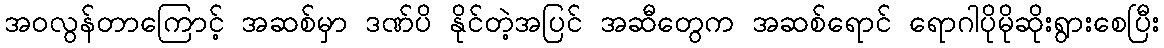
အဝလွန်တာကြောင့် အဆစ်မှာ ဒဏ်ပိ နိုင်တဲ့အပြင် အဆီတွေက အဆစ်ရောင် ရောဂါပိုမိုဆိုးရွားစေပြီး